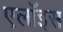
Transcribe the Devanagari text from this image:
एलॉइस